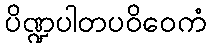
ပိဏ္ဍပါတပဝိဝေကံ